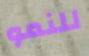
للنمو